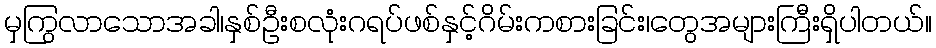
မှကြွလာသောအခါ၊နှစ်ဦးစလုံးဂရပ်ဖစ်နှင့်ဂိမ်းကစားခြင်း၊တွေအများကြီးရှိပါတယ်။